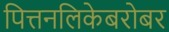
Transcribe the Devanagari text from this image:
पित्तनलिकेबरोबर